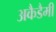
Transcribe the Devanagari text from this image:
अकैडैमी